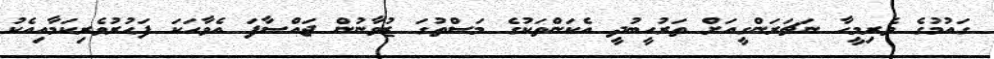
ގައުމުގެ ވެރިމީހާ ނަޗަރަންގީއަށް ތަރުހީބުދީ އެކަންތަކުގެ މަސްތުގަ ޒުވާނުން ޖައްސާފަ އެވާހަކަ ފަޙުރުވެރިކަމާއިއެކު